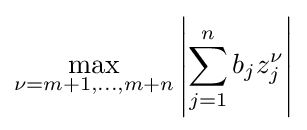
\max _{\nu =m+1,\dots ,m+n}\left|\sum _{j=1}^{n}b_{j}z_{j}^{\nu }\right|